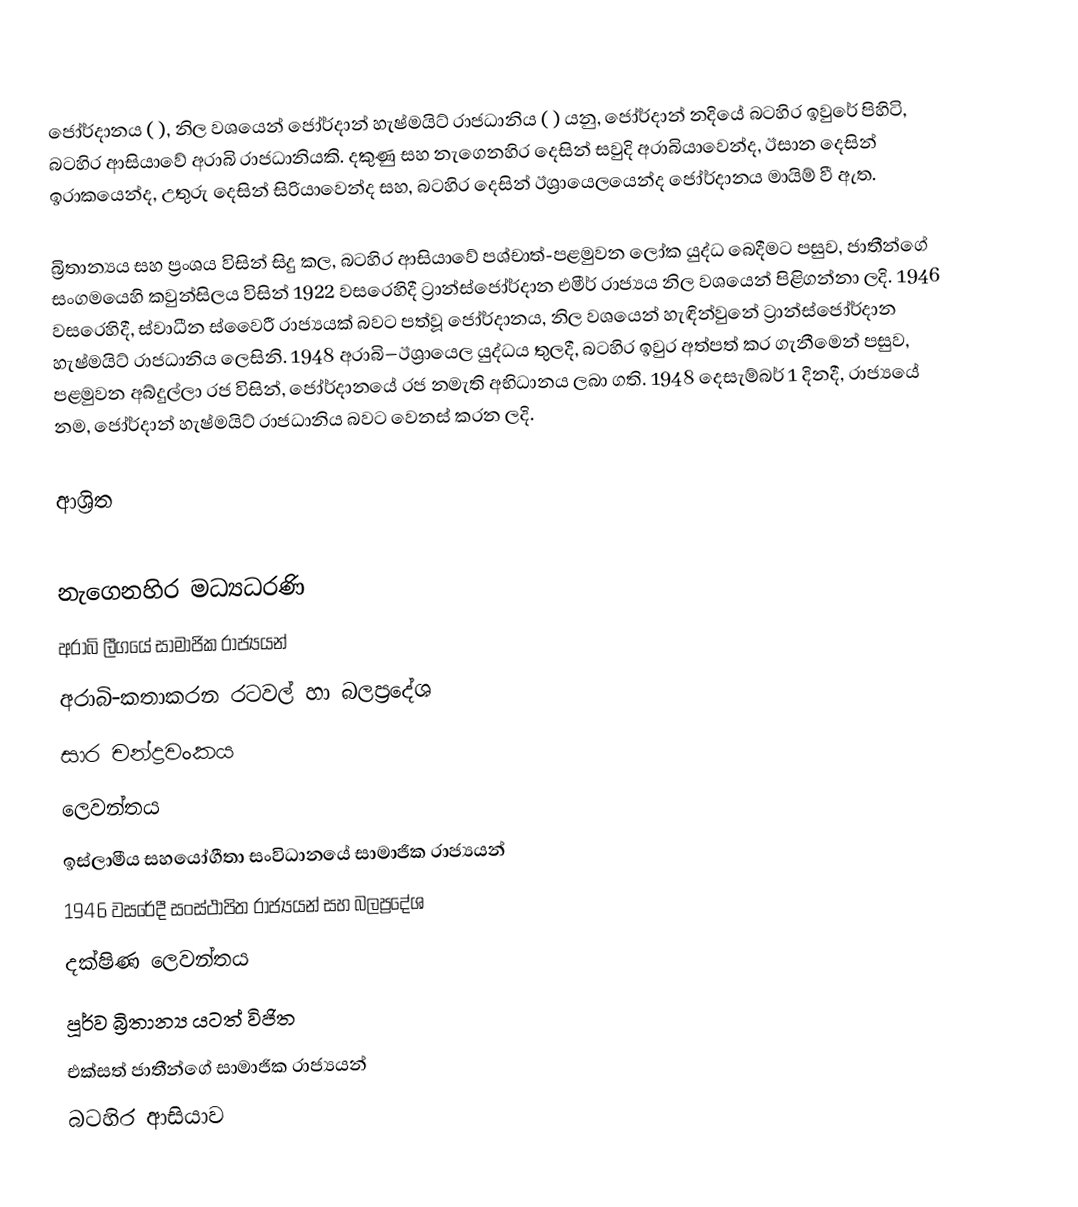
ජෝර්දානය (  ), නිල වශයෙන්  ජෝර්දාන් හැෂ්මයිට් රාජධානිය ( ) යනු, ජෝර්දාන් නදියේ බටහිර ඉවුරේ පිහිටි, බටහිර ආසියාවේ අරාබි රාජධානියකි. දකුණු සහ නැගෙනහිර දෙසින්  සවුදි අරාබියාවෙන්ද, ඊසාන දෙසින් ඉරාකයෙන්ද, උතුරු දෙසින් සිරියාවෙන්ද සහ, බටහිර දෙසින්  ඊශ්‍රායෙලයෙන්ද ජෝර්දානය මායිම් වී ඇත.

බ්‍රිතාන්‍යය සහ ප්‍රංශය විසින් සිදු කල,  බටහිර ආසියාවේ පශ්චාත්-පළමුවන ලෝක යුද්ධ බෙදීමට පසුව, ජාතීන්ගේ සංගමයෙහි කවුන්සිලය විසින් 1922 වසරෙහිදී ට්‍රාන්ස්ජෝර්දාන එමීර් රාජ්‍යය නිල වශයෙන් පිළිගන්නා ලදි. 1946 වසරෙහිදී, ස්වාධීන ස්වෛරී රාජ්‍යයක් බවට පත්වූ ජෝර්දානය,  නිල වශයෙන් හැඳින්වුනේ ට්‍රාන්ස්ජෝර්දාන හැෂ්මයිට් රාජධානිය ලෙසිනි. 1948 අරාබි–ඊශ්‍රායෙල යුද්ධය තුලදී,  බටහිර ඉවුර අත්පත් කර ගැනීමෙන් පසුව,   පළමුවන අබ්දුල්ලා රජ විසින්,  ජෝර්දානයේ රජ නමැති අභිධානය ලබා ගති. 1948 දෙසැම්බර් 1 දිනදී, රාජ්‍යයේ නම, ජෝර්දාන් හැෂ්මයිට් රාජධානිය බවට වෙනස් කරන ලදි.

ආශ්‍රිත

නැගෙනහිර මධ්‍යධරණි
අරාබි ලීගයේ සාමාජික රාජ්‍යයන්
අරාබි-කතාකරන රටවල් හා බලප්‍රදේශ
සාර චන්ද්‍රවංකය
ලෙවන්තය
ඉස්ලාමීය සහයෝගීතා සංවිධානයේ සාමාජික රාජ්‍යයන්
 1946 වසරේදී සංස්ථාපිත රාජ්‍යයන් සහ බලප්‍රදේශ
දක්ෂිණ ලෙවන්තය
පූර්ව බ්‍රිතාන්‍ය යටත් විජිත
එක්සත් ජාතීන්ගේ සාමාජික රාජ්‍යයන්
බටහිර ආසියාව